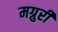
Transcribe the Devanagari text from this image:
मग्रुरी